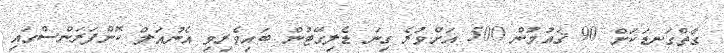
ގާތްގަނޑަކަށް 90 ޤައުމުން 500 އަށްވުރެ ގިނަ ޑެލިގޭޓުން ބައިވެރިވި އެނުއަލް ކޮންފަރަންސްގައި